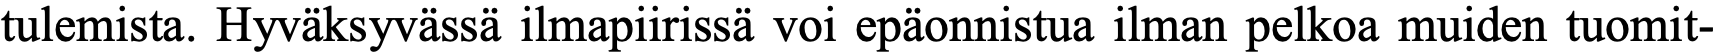
tulemista. Hyväksyvässä ilmapiirissä voi epäonnistua ilman pelkoa muiden tuomit-